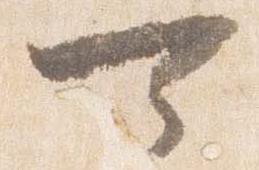
可